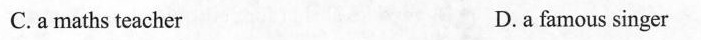
C.a maths teacher D.a famous singer